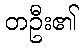
တဦး၏